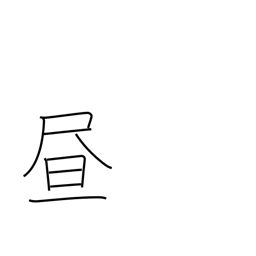
Meaning: daytime